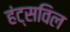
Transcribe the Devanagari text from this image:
हंट्सविल